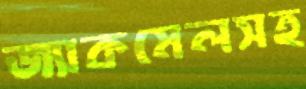
জ্যাকমেলসহ